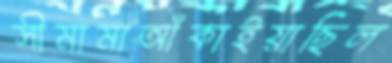
সীমামাআঁকাইয়াছিল